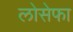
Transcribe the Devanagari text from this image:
लोसेफा